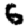
Digit: 6